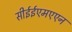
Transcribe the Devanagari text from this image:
सीईईएमएएन